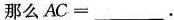
那么AC=___.